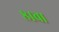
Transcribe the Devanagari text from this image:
८१चा